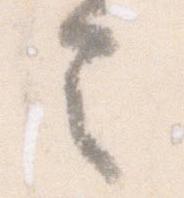
令